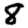
Digit: 8